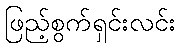
ဖြည့်စွက်ရှင်းလင်း